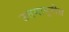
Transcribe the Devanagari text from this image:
उत्तमापुरीस